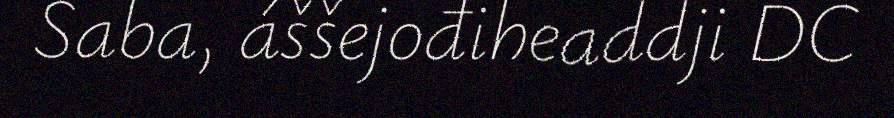
Saba, áššejođiheaddji DC